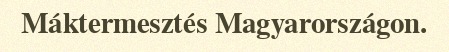
Máktermesztés Magyarországon.